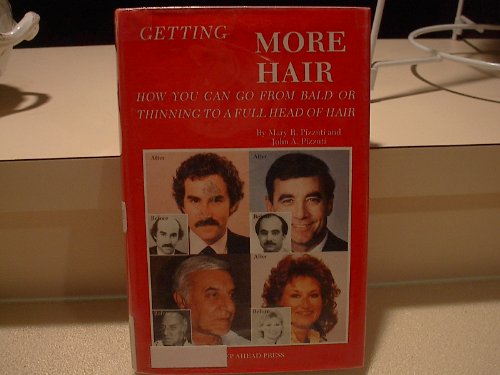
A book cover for Getting More Hair: How You Can Go from Bald or Thinning to a Full Head of Hair; Mary R. Pizzuti; Health, Fitness & Dieting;